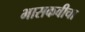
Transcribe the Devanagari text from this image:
भासकवीचा